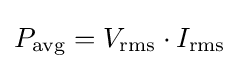
P_{\mathrm {avg} }=V_{\mathrm {rms} }\cdot I_{\mathrm {rms} }